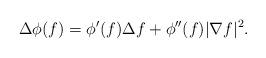
LaTeX: \begin{align*} \Delta \phi (f) = \phi'(f) \Delta f + \phi''(f)|\nabla f|^2. \end{align*}